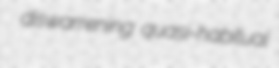
diswarrening quasi-habitual